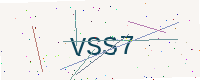
Text: VSS7